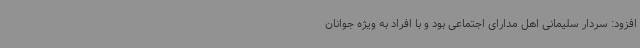
افزود: سردار سلیمانی اهل مدارای اجتماعی بود و با افراد به ویژه جوانان